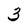
Character: 3